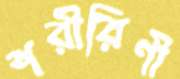
শরীরিণী